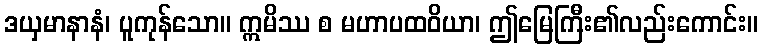
ဒယှမာနာနံ၊ ပူကုန်သော။ ဣမိဿ စ မဟာပထဝိယာ၊ ဤမြေကြီး၏လည်းကောင်း။